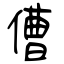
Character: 傮